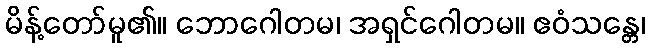
မိန့်တော်မူ၏။ ဘောဂေါတမ၊ အရှင်ဂေါတမ။ ဧဝံသန္တေ၊